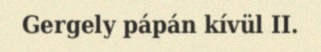
Gergely pápán kívül II.